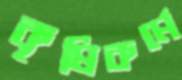
কৃষিকর্মে